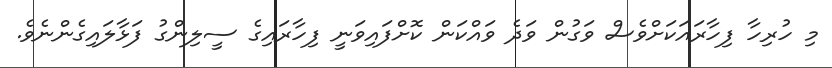
މި ހުރިހާ ފިހާރައަކަށްވެސް ވަގުން ވަދެ ވައްކަން ކޮށްފައިވަނީ ފިހާރައިގެ ސީލިންގު ފަޅާލައިގެންނެވެ.